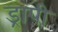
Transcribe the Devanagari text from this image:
ड्रापी